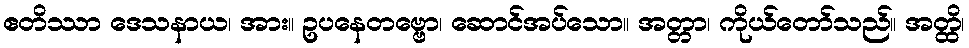
ဧတိဿာ ဒေသနာယ၊ အား။ ဥပနေတဗ္ဗော၊ ဆောင်အပ်သော။ အတ္တာ၊ ကိုယ်တော်သည်။ အတ္ထိ၊